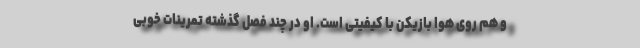
و هم روی هوا بازیکن با کیفیتی است. او در چند فصل گذشته تمرینات خوبی